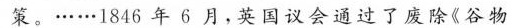
策。……1846年6月，英国议会通过了废除《谷物